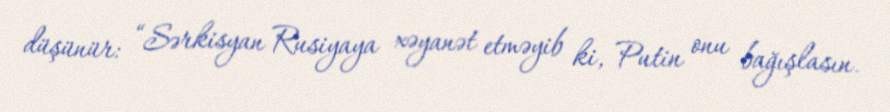
düşünür: “Sərkisyan Rusiyaya xəyanət etməyib ki, Putin onu bağışlasın.